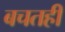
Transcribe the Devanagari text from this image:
बचतही